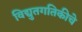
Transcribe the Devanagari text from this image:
विद्युतगतिकीचे